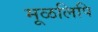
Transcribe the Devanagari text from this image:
मूळलिपि